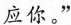
应你。”